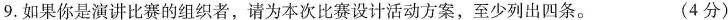
9.如果你是演讲比赛的组织者，请为本次比赛设计活动方案，至少列出四条。 (4分)